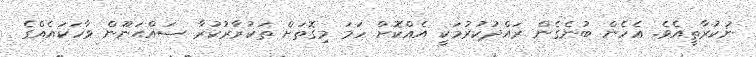
ނުކުރާތީއެވެ. އެހެން ބުނެގެން ރައްދުކުރުމަކީ އެއްކޮށް ހަމަ މިގޮތަށް ތަކުރާރުކުރާ ޞައްޙަނޫން ވާހަކައެއްގެ